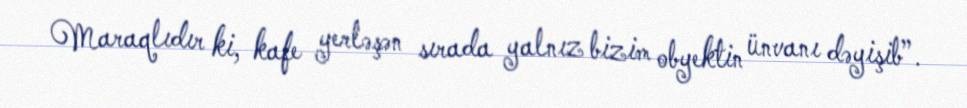
Maraqlıdır ki, kafe yerləşən sırada yalnız bizim obyektin ünvanı dəyişib”.